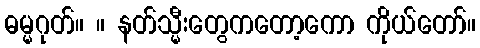
ဓမ္မဂုတ်။ ။ နတ်သ္မီးတွေကတော့ကော ကိုယ်တော်။